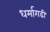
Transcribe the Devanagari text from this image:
धर्मागढी